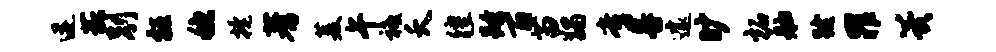
迸菰别枉稳掩蓍菱午祗夭徨跨百苗蠲啻晷遽旷柘舳跋罪翼